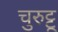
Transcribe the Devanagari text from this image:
चुरुट्टू